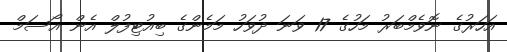
އަހަރުގެ ނޮވެމްބަރު މަހުގެ 17 ވަނަ ދުވަހު މަމެންގެ ބިއުޓިފުލް އެން އޯސަމް